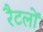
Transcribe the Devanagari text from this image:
रैटलों